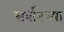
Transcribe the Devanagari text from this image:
सर्वानच्या